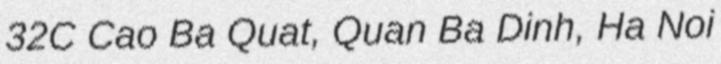
32C Cao Ba Quat, Quan Ba Dinh, Ha Noi